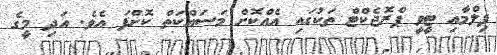
ފިލްމާއި ޓީވީ ޕްރޮޖެކްޓް ތަކުގައި އެއްކޮށް މަސައްކަތް ކޮށްފަ އެވެ. އަދި މީގެ